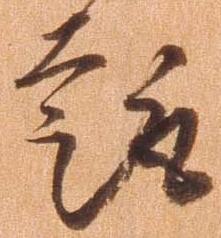
趣